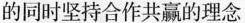
的同时坚持合作共赢的理念